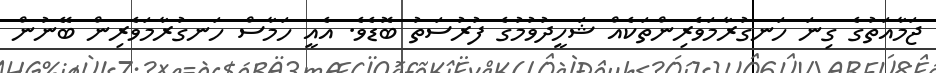
ޖަމާއަތުގެ ގިނަ ހަނގުރާމަވެރިންތަކެއް ޝަހީދުވުމުގެ ފުރުސަތު ބޮޑެވެ. އެއީ ހަމާސް ހަނގުރާމަވެރިން ބޭނުން